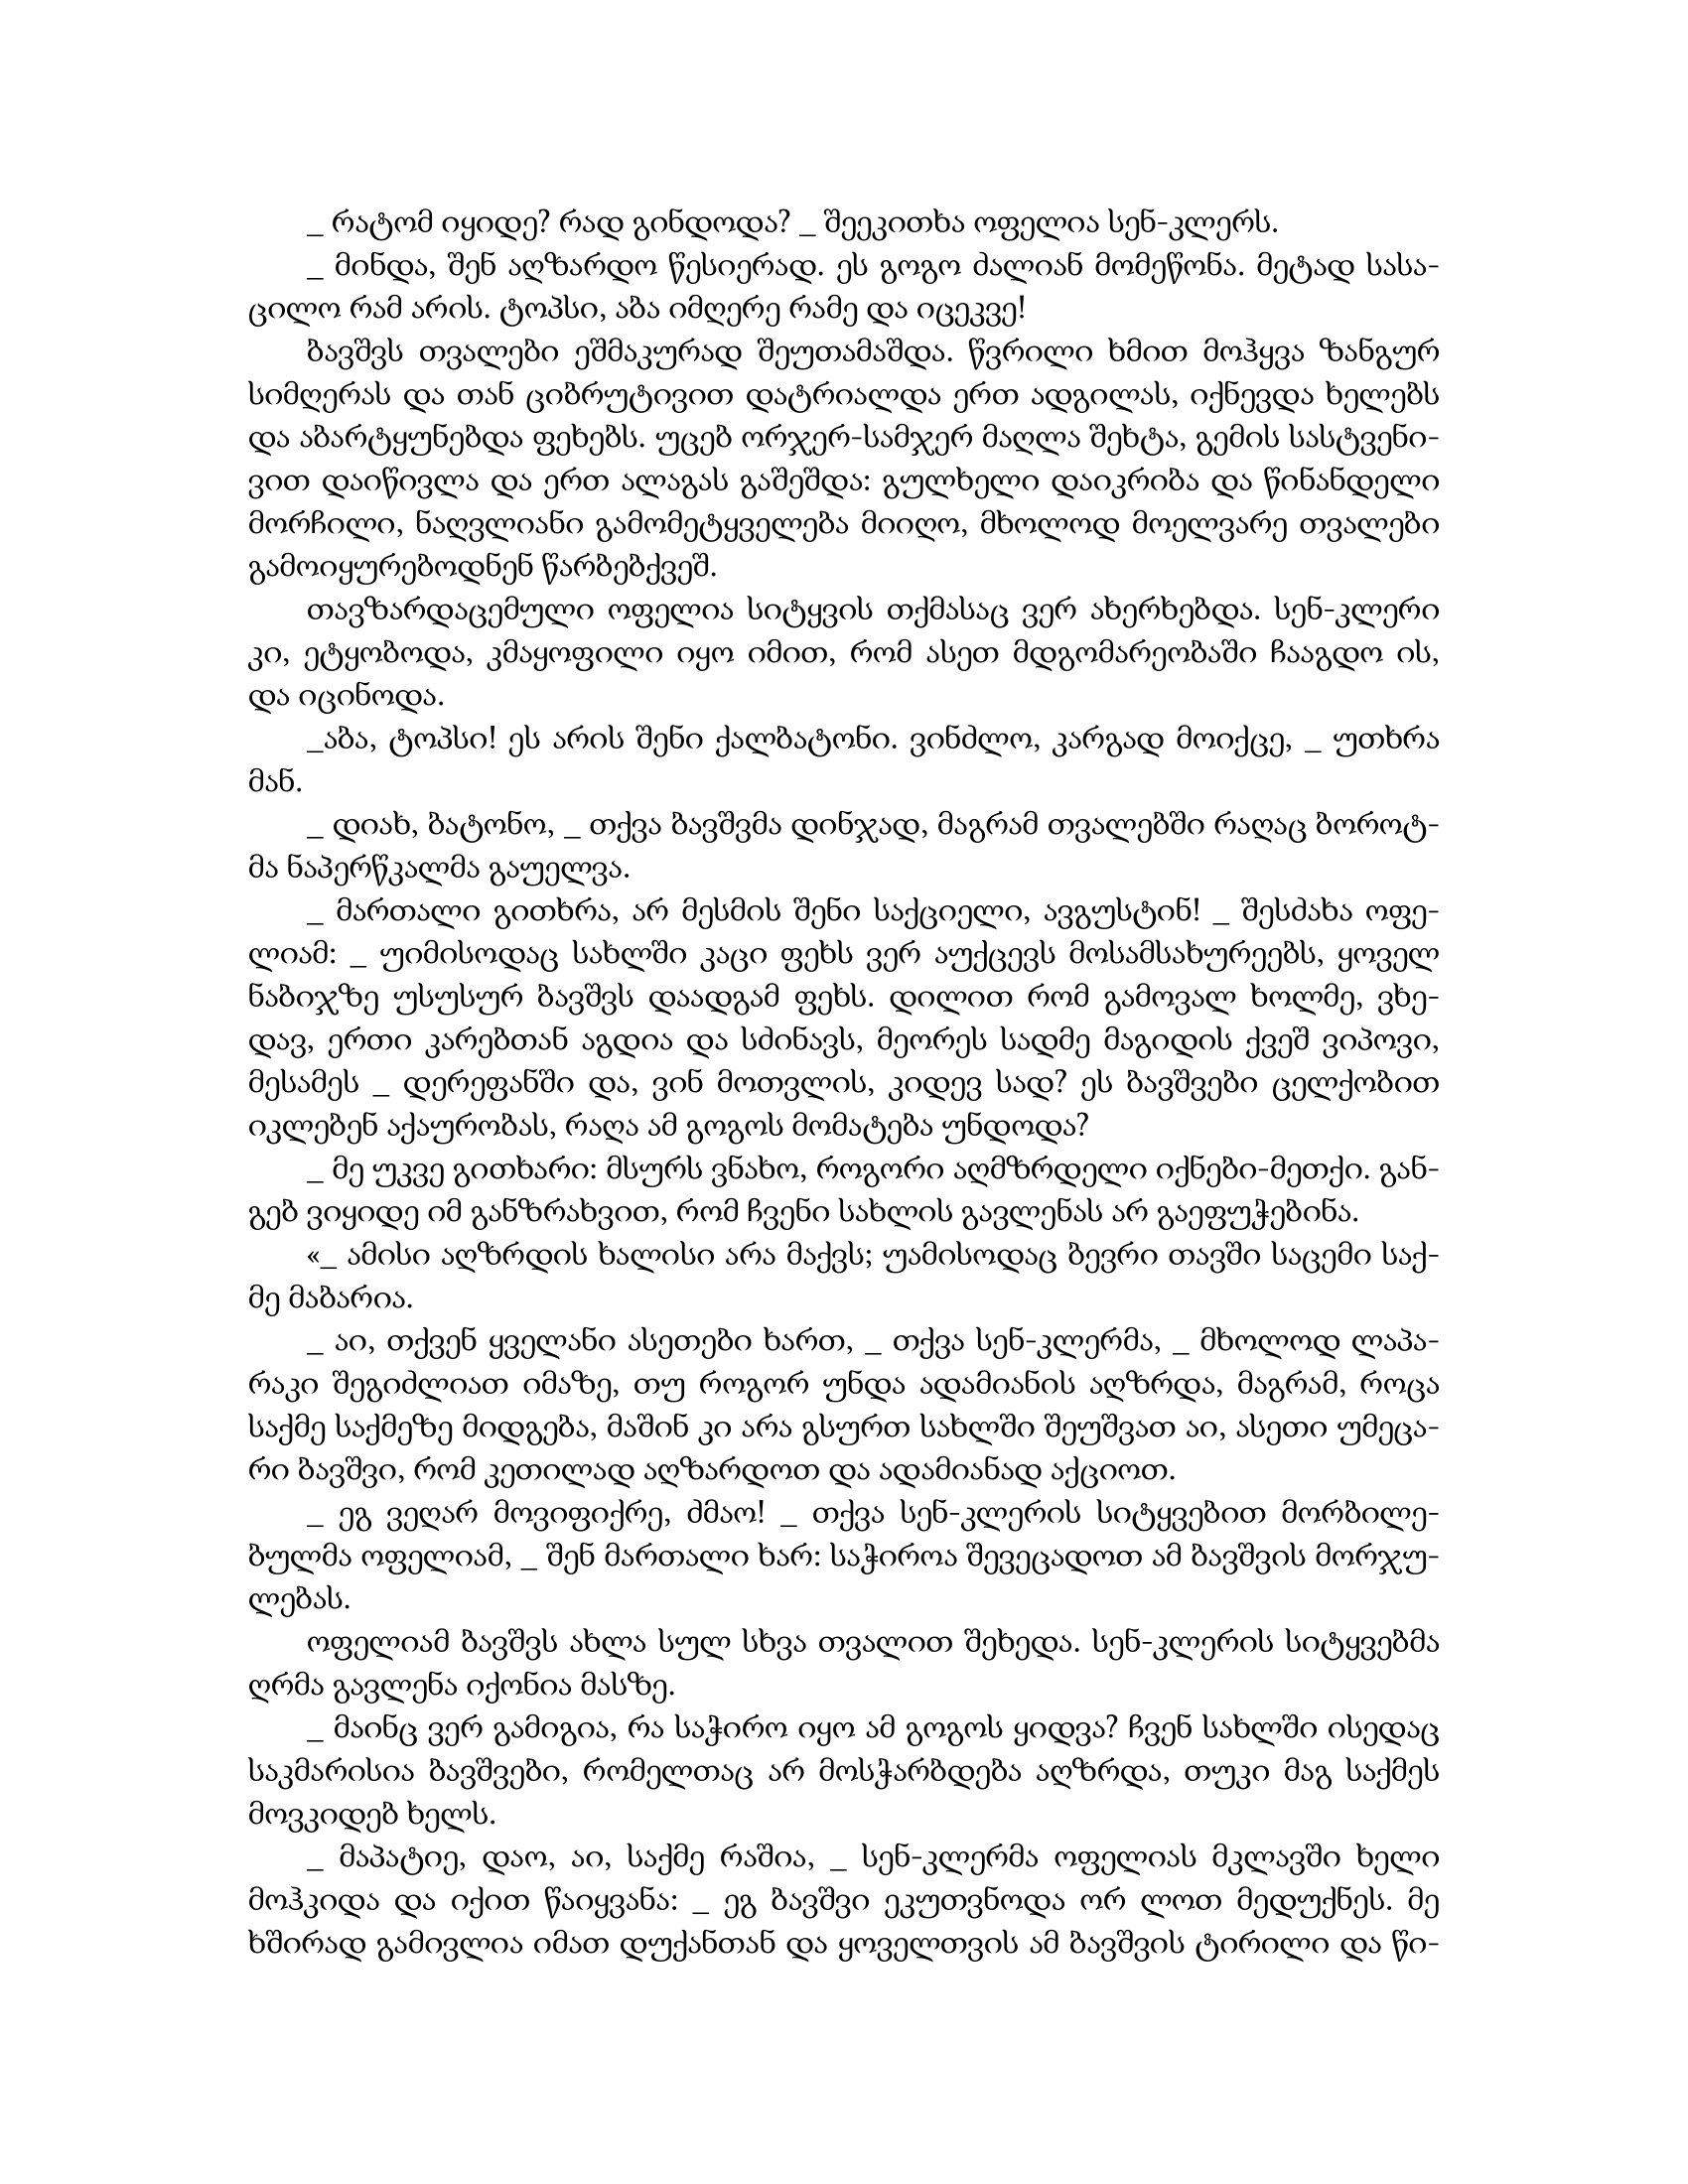
Language: gr